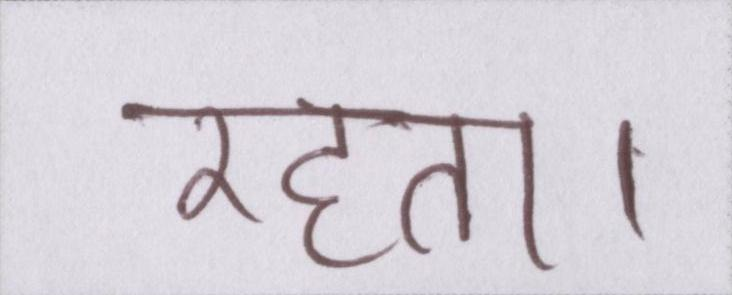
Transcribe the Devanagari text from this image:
रहता।